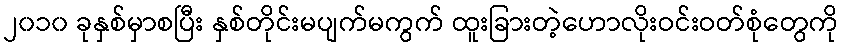
၂၀၁၀ ခုနှစ်မှာစပြီး နှစ်တိုင်းမပျက်မကွက် ထူးခြားတဲ့ဟောလိုးဝင်းဝတ်စုံတွေကို